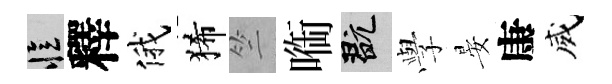
忆釋俄狶竺㗸玩𫝯晏康威